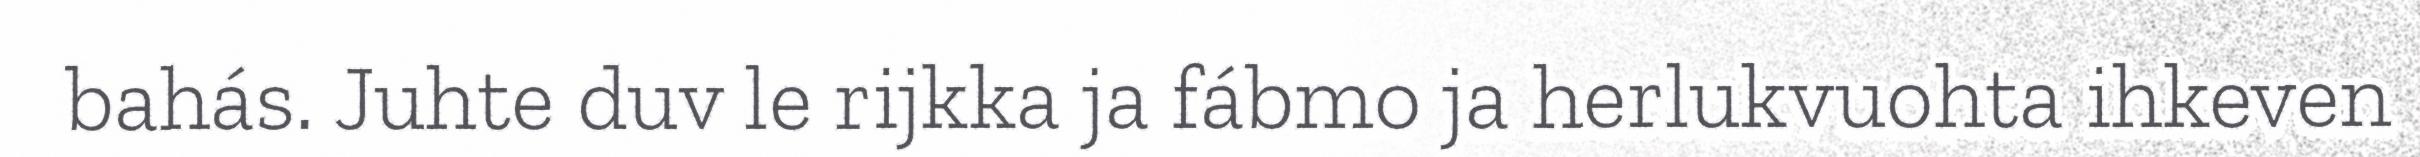
bahás. Juhte duv le rijkka ja fábmo ja herlukvuohta ihkeven